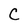
Character: C